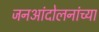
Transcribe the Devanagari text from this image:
जनआंदोलनांच्या